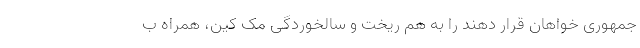
جمهوری خواهان قرار دهند را به هم ریخت و سالخوردگی مک کین، همراه ب